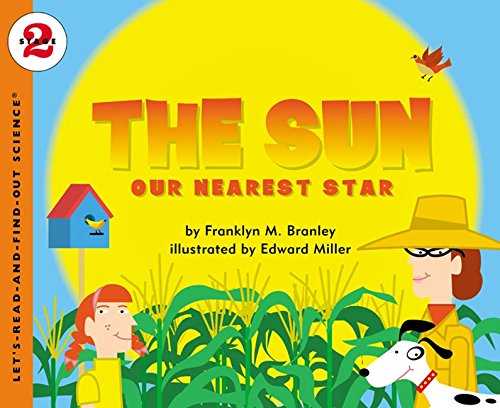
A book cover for The Sun: Our Nearest Star (Let's-Read-and-Find-Out); Franklyn M. Branley; Children's Books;